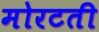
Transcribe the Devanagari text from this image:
मोरटती